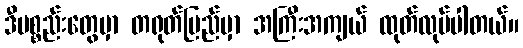
ဒီပစ္စည်းတွေမှာ တရုတ်ပြည်မှာ အကြီးအကျယ် ထုတ်လုပ်ပါတယ်။